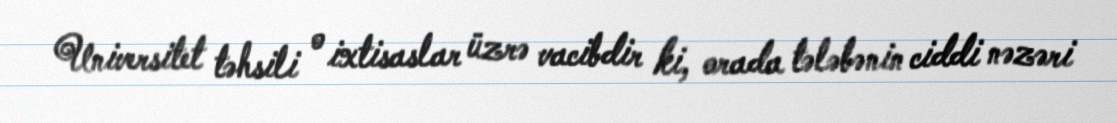
Universitet təhsili o ixtisaslar üzrə vacibdir ki, orada tələbənin ciddi nəzəri